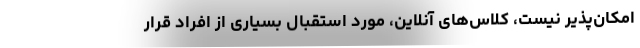
امکان‌پذیر نیست، کلاس‌های آنلاین، مورد استقبال بسیاری از افراد قرار